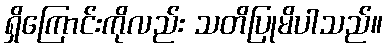
ရှိကြောင်းကိုလည်း သတိပြုမိပါသည်။